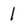
Character: 1